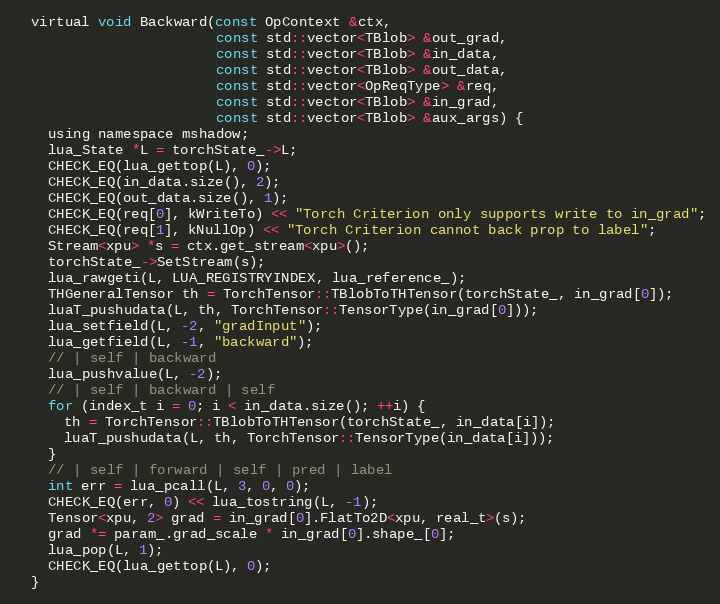
Language: C
  virtual void Backward(const OpContext &ctx,
                        const std::vector<TBlob> &out_grad,
                        const std::vector<TBlob> &in_data,
                        const std::vector<TBlob> &out_data,
                        const std::vector<OpReqType> &req,
                        const std::vector<TBlob> &in_grad,
                        const std::vector<TBlob> &aux_args) {
    using namespace mshadow;
    lua_State *L = torchState_->L;
    CHECK_EQ(lua_gettop(L), 0);
    CHECK_EQ(in_data.size(), 2);
    CHECK_EQ(out_data.size(), 1);
    CHECK_EQ(req[0], kWriteTo) << "Torch Criterion only supports write to in_grad";
    CHECK_EQ(req[1], kNullOp) << "Torch Criterion cannot back prop to label";
    Stream<xpu> *s = ctx.get_stream<xpu>();
    torchState_->SetStream(s);
    lua_rawgeti(L, LUA_REGISTRYINDEX, lua_reference_);
    THGeneralTensor th = TorchTensor::TBlobToTHTensor(torchState_, in_grad[0]);
    luaT_pushudata(L, th, TorchTensor::TensorType(in_grad[0]));
    lua_setfield(L, -2, "gradInput");
    lua_getfield(L, -1, "backward");
    // | self | backward
    lua_pushvalue(L, -2);
    // | self | backward | self
    for (index_t i = 0; i < in_data.size(); ++i) {
      th = TorchTensor::TBlobToTHTensor(torchState_, in_data[i]);
      luaT_pushudata(L, th, TorchTensor::TensorType(in_data[i]));
    }
    // | self | forward | self | pred | label
    int err = lua_pcall(L, 3, 0, 0);
    CHECK_EQ(err, 0) << lua_tostring(L, -1);
    Tensor<xpu, 2> grad = in_grad[0].FlatTo2D<xpu, real_t>(s);
    grad *= param_.grad_scale * in_grad[0].shape_[0];
    lua_pop(L, 1);
    CHECK_EQ(lua_gettop(L), 0);
  }